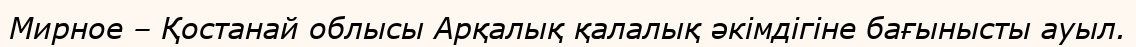
Мирное – Қостанай облысы Арқалық қалалық әкімдігіне бағынысты ауыл.